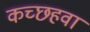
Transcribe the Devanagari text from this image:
कच्छहवा